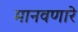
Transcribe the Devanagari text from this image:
मानवणारे